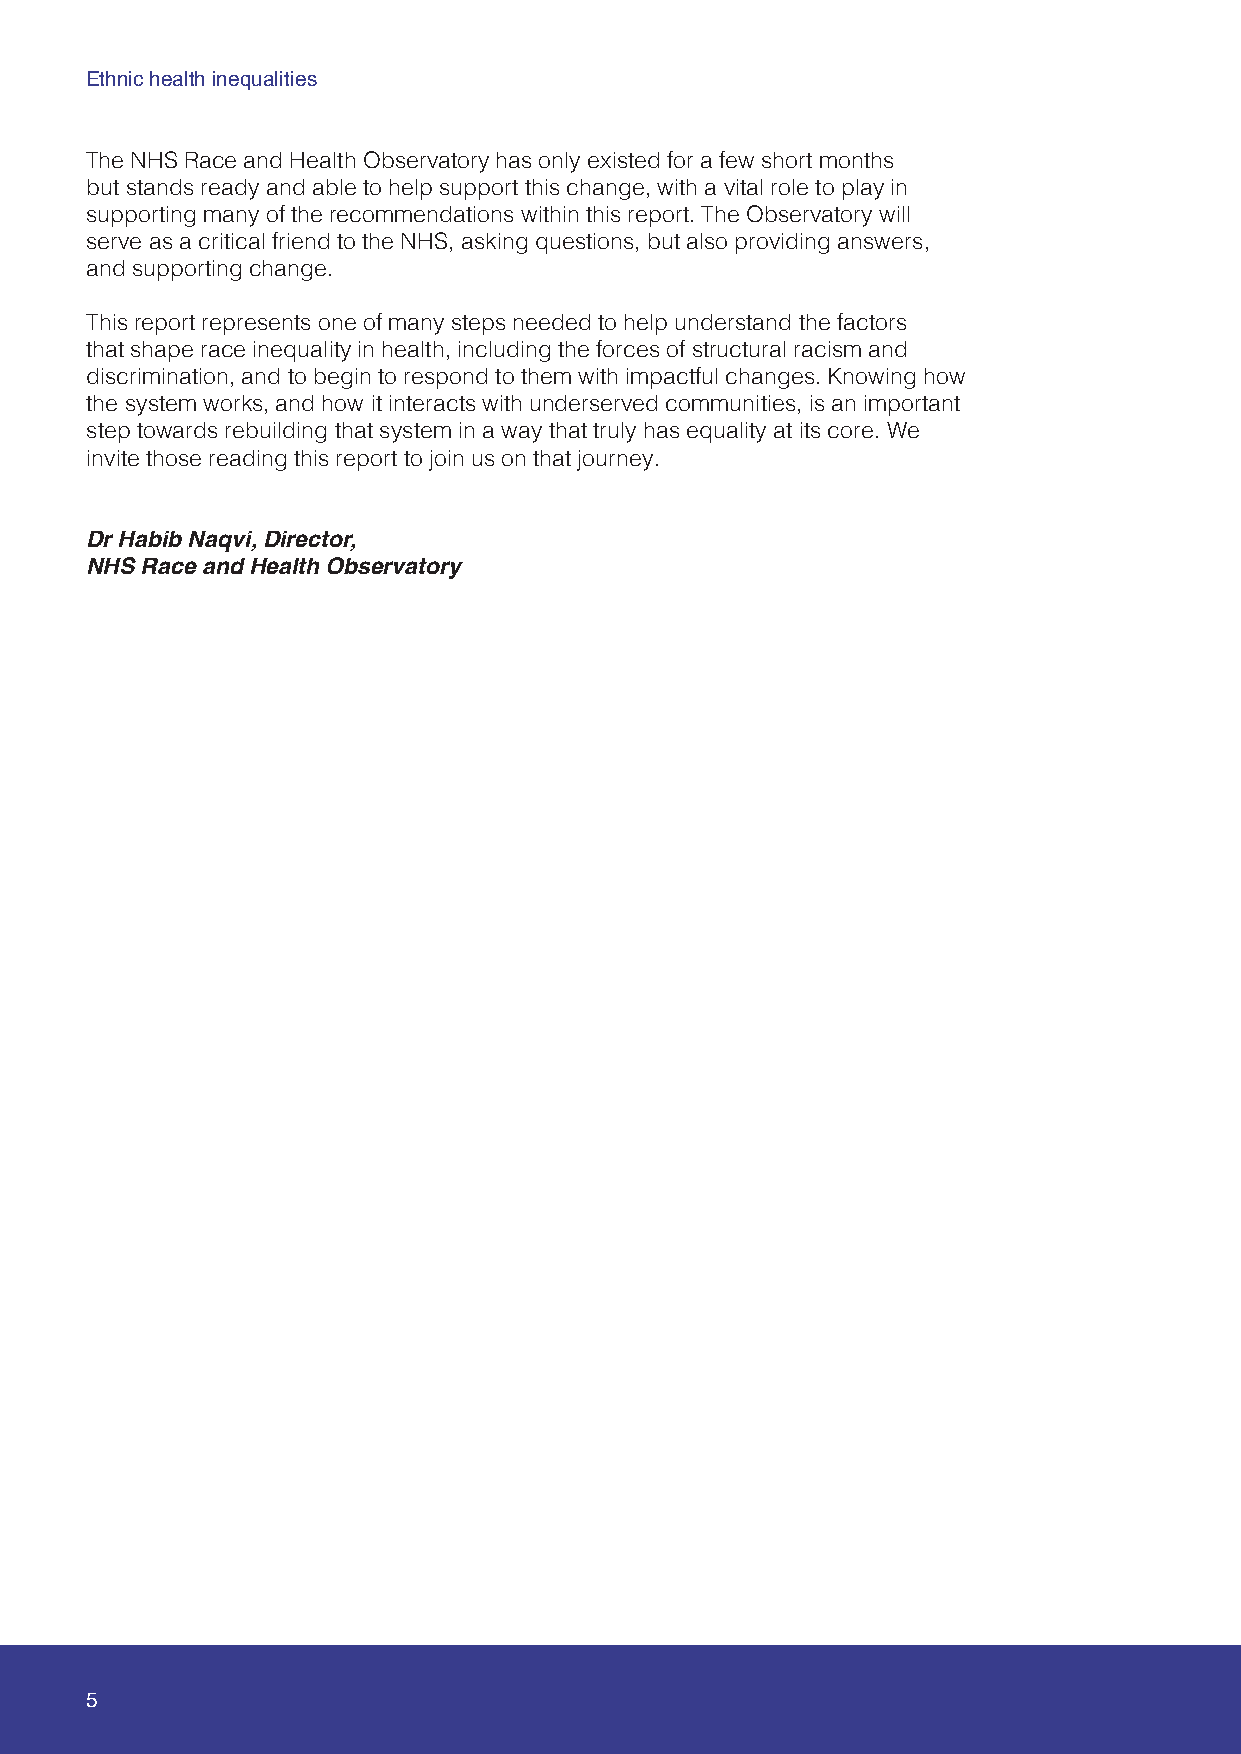
Ethnic health inequalities
 The NHS Race and Health Observatory has only existed for a few short months
 but stands ready and able to help support this change, with a vital role to play in
 supporting many of the recommendations within this report. The Observatory will
 serve as a critical friend to the NHS, asking questions, but also providing answers,
 and supporting change.
 This report represents one of many steps needed to help understand the factors
 that shape race inequality in health, including the forces of structural racism and
 discrimination, and to begin to respond to them with impactful changes. Knowing how
 the system works, and how it interacts with underserved communities, is an important
 step towards rebuilding that system in a way that truly has equality at its core. We
 invite those reading this report to join us on that journey.
 Dr Habib Naqvi, Director,
 NHS Race and Health Observatory
 5